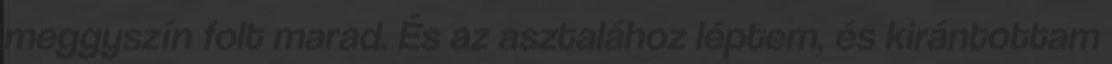
meggyszín folt marad. És az asztalához léptem, és kirántottam